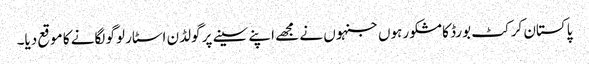
پاکستان کرکٹ بورڈ کا مشکور ہوں جنہوں نے مجھے اپنے سینے پر گولڈن اسٹار لوگو لگانے کا موقع دیا۔